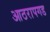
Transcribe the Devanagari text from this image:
आठरापगड